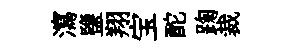
瀉鹽翔宝酡踘裁